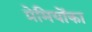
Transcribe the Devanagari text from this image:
प्रेमियोंका